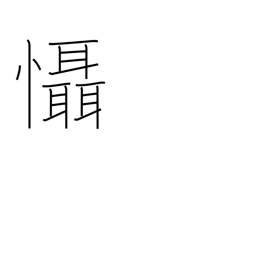
Meaning: fear